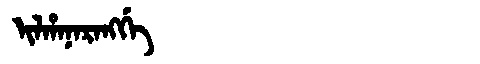
Manchu: ᡳᠯᡥᠠᠨᠠᡵᠠᠩᡤᡝ
Romanization: ILHANARANGGE